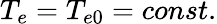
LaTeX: T_{e}=T_{e0}=const.